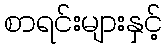
စာရင်းများနှင့်